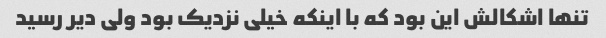
تنها اشکالش این بود که با اینکه خیلی نزدیک بود ولی دیر رسید